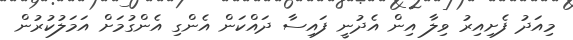
މިއަދު ފެށިއިިރު ވިލާ އިން އެދުނީ ފައިސާ ދައްކަން އެންގި އެންގުމަށް އަމަލުކުރުން